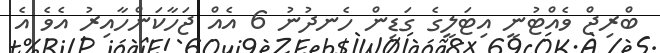
ބްރިޖް ވެއްޓުނީ އިޓަލީގެ ގަޑިން ހެނދުނު 6 އެއް ޖަހާކަންހާއިރު އެވެ އެ